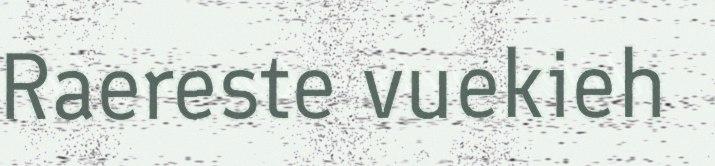
Raereste vuekieh